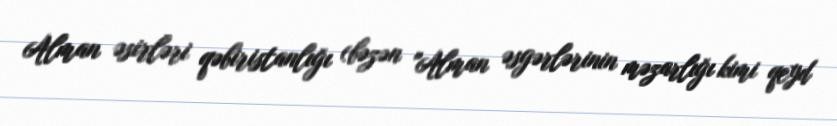
Alman əsirləri qəbiristanlığı (bəzən "Alman əsgərlərinin məzarlığı kimi qeyd